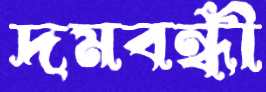
দমবন্ধী